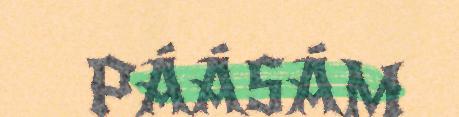
PÁÁSÁM